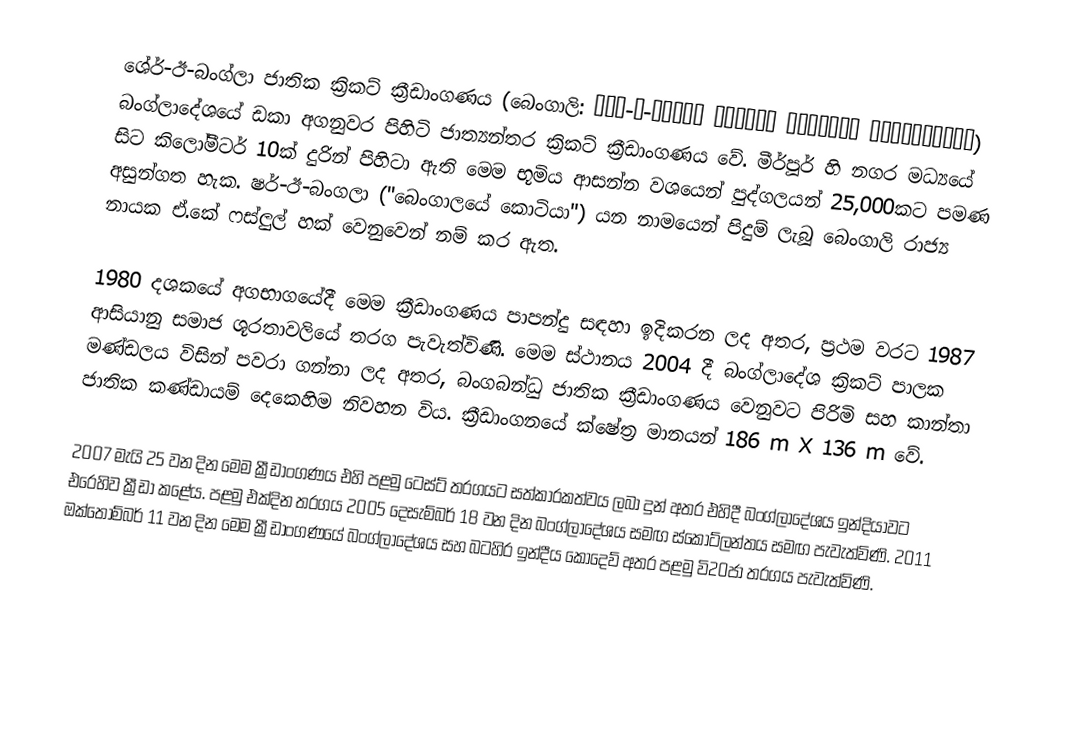
ශේර්-ඊ-බංග්ලා ජාතික ක්‍රිකට් ක්‍රීඩාංගණය (බෙංගාලි: শের-ই-বাংলা জাতীয় ক্রিকেট স্টেডিয়াম) බංග්ලාදේශයේ ඩකා අගනුවර පිහිටි ජාත්‍යන්තර ක්‍රිකට් ක්‍රීඩාංගණය වේ. මීර්පූර් හි නගර මධ්‍යයේ සිට කිලෝමීටර් 10ක් දුරින් පිහිටා ඇති මෙම භූමිය ආසන්න වශයෙන් පුද්ගලයන් 25,000කට පමණ අසුන්ගත හැක. ෂර්-ඊ-බංගලා ("බෙංගාලයේ කොටියා") යන නාමයෙන් පිදුම් ලැබූ බෙංගාලි රාජ්‍ය නායක ඒ.කේ ෆස්ලුල් හක් වෙනුවෙන් නම් කර ඇත.

1980 දශකයේ අගභාගයේදී මෙම ක්‍රීඩාංගණය පාපන්දු සඳහා ඉදිකරන ලද අතර, ප්‍රථම වරට 1987 ආසියානු සමාජ ශූරතාවලියේ තරග පැවැත්විණි. මෙම ස්ථානය 2004 දී බංග්ලාදේශ ක්‍රිකට් පාලක මණ්ඩලය විසින් පවරා ගන්නා ලද අතර, බංගබන්ධු ජාතික ක්‍රීඩාංගණය වෙනුවට පිරිමි සහ කාන්තා ජාතික කණ්ඩායම් දෙකෙහිම නිවහන විය. ක්‍රීඩාංගනයේ ක්ෂේත්‍ර මානයන් 186 m X 136 m වේ.

2007 මැයි 25 වන දින මෙම ක්‍රීඩාංගණය එහි පළමු ටෙස්ට් තරගයට සත්කාරකත්වය ලබා දුන් අතර එහිදී බංග්ලාදේශය ඉන්දියාවට එරෙහිව ක්‍රීඩා කළේය. පළමු එක්දින තරගය 2005 දෙසැම්බර් 18 වන දින බංග්ලාදේශය සමඟ ස්කොට්ලන්තය සමඟ පැවැත්විණි. 2011 ඔක්තෝම්බර් 11 වන දින මෙම ක්‍රීඩාංගණයේ බංග්ලාදේශය සහ බටහිර ඉන්දීය කොදෙව් අතර පළමු වි20ජා තරගය පැවැත්විණි.